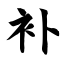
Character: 补